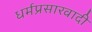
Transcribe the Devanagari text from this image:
धर्मप्रसारवादी